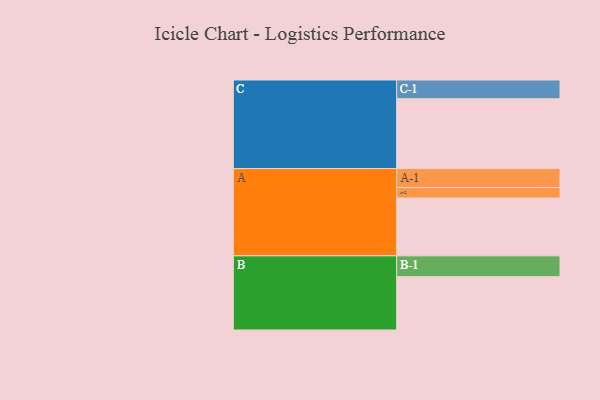
{"axis": {"x": "Segment", "y": "Value"}, "legend": ["", "A", "B", "C"], "data": [{"x": "A", "y": 460, "type": ""}, {"x": "B", "y": 424, "type": ""}, {"x": "C", "y": 556, "type": ""}, {"x": "A-1", "y": 151, "type": "A"}, {"x": "A-2", "y": 83, "type": "A"}, {"x": "B-1", "y": 166, "type": "B"}, {"x": "C-1", "y": 149, "type": "C"}]}